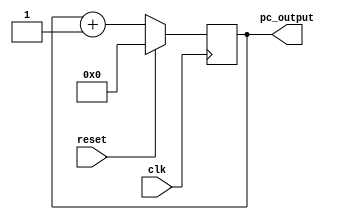
`timescale 1ns / 1ps

module ProgramCounter(
input clk,
input reset,
//input [7:0] instr_input,
output reg [7:0] pc_output
);

//reg [7:0] pc;
initial begin
    pc_output = 8'b00000000;
 end
 
always @(posedge clk) begin
    if(reset) begin
        pc_output = 8'b00000000;
    end else begin
        pc_output = pc_output + 1;
    end
end

//always @*begin
//    pc_output = pc;
//end

endmodule